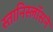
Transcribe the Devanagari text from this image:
स्तानिस्लॉसने